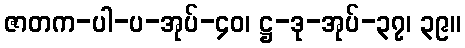
ဇာတက-ပါ-ပ-အုပ်-၄၀၊ ဋ္ဌ-ဒု-အုပ်-၃၇၊ ၃၉။